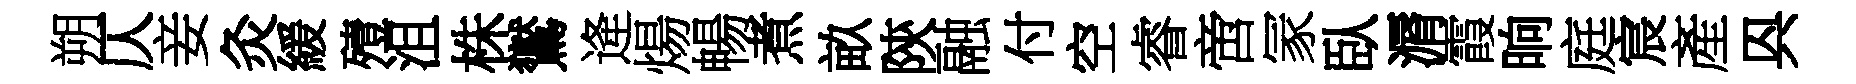
朔仄妾灸緩殪沮株鸑逄煬暢煮畝陝融付空睿啻冡臥漘霞晌庭宸產㒷